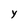
Character: Y